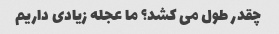
چقدر طول می کشد؟ ما عجله زیادی داریم